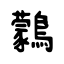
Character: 鸏